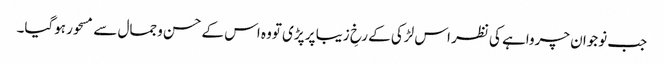
جب نوجوان چرواہے کی نظر اس لڑکی کے رخِ زیبا پر پڑی تووہ اس کے حسن وجمال سے مسحور ہوگیا۔